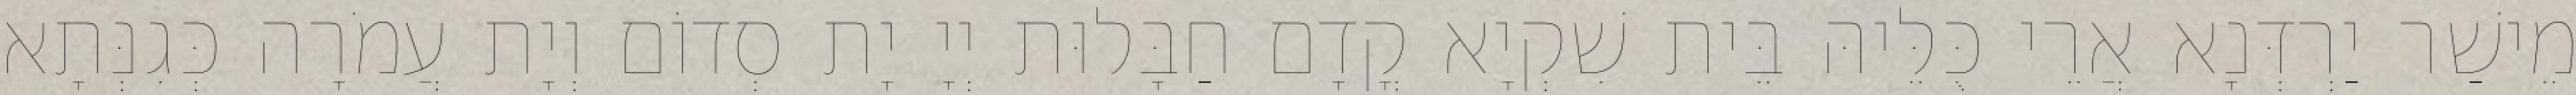
מֵישַׁר יַרְדְּנָא אֲרֵי כֻּלֵּיהּ בֵּית שִׁקְיָא קֳדָם חַבָּלוּת יְיָ יָת סְדוֹם וְיָת עֲמֹרָה כְּגִנְּתָא